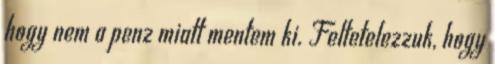
hogy nem a penz miatt mentem ki. Feltetelezzuk, hogy